Annual report of the Punjab Veterinary College and of the Civil Veterinary Department, Punjab - 1926-1932
Year: 1926
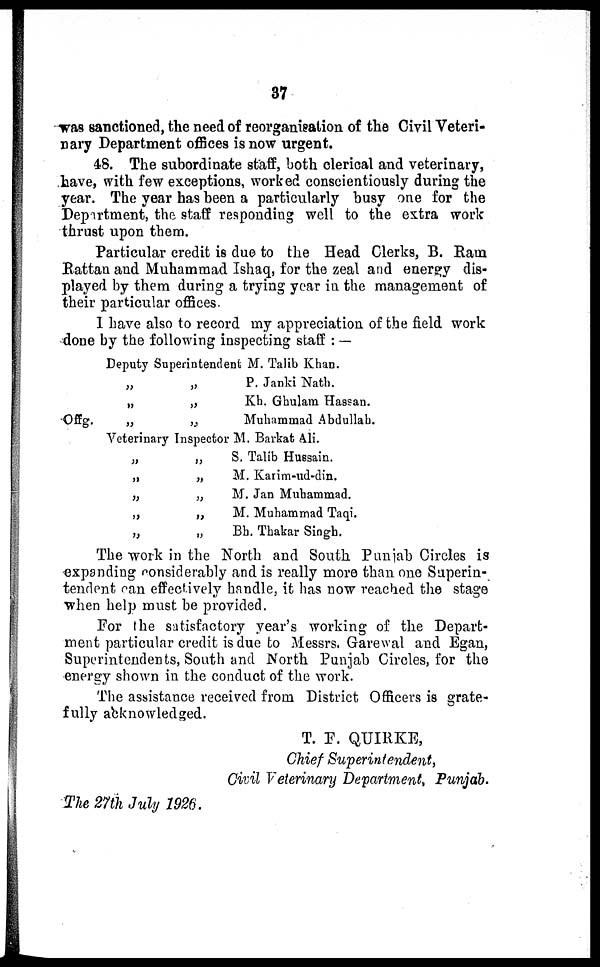
37
was sanctioned, the need of reorganisation of the Civil Veteri-
nary Department offices is now urgent.
48. The subordinate staff, both clerical and veterinary,
have, with few exceptions, worked conscientiously during the
year. The year has been a particularly busy one for the
Department, the staff responding well to the extra work
thrust upon them.
Particular credit is due to the Head Clerks, B. Ram.
Rattan and Muhammad Ishaq, for the zeal and energy dis-
played by them during a trying year in the management of
their particular offices.
I have also to record my appreciation of the field work
done by the following inspecting staff:—
Deputy Superintendent M. Talib Khan.
Offg.
„
„
„
„
„
„
P. Janki Nath.
Kh. Ghulam Hassan.
Muhammad Abdullah.
Veterinary Inspector M. Barkat Ali.
„
„
„
„
„
„
„
„
„
„
S. Talib Huesain.
M. Karim-ud-din.
M. Jan Muhammad.
M. Muhammad Taqi.
Bh. Thakar Singh.
The work in the North and South Punjab Circles is
expanding considerably and is really more than one Superin-
tendent can effectively handle, it has now reached the stage
when help must be provided.
For the satisfactory year's working of the Depart-
ment particular credit is due to Messrs. Garewal and Egan,
Superintendents, South and North Punjab Circles, for the
energy shown in the conduct of the work.
The assistance received from District Officers is grate-
fully acknowledged.
T. F. QUIRKE,
Chief Superintendent,
Civil Veterinary Department, Punjab.
The 27th July 1926.